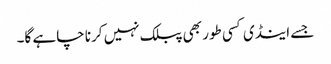
جسے اینڈی کسی طور بھی پبلک نہیں کرنا چاہے گا۔